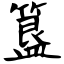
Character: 簋